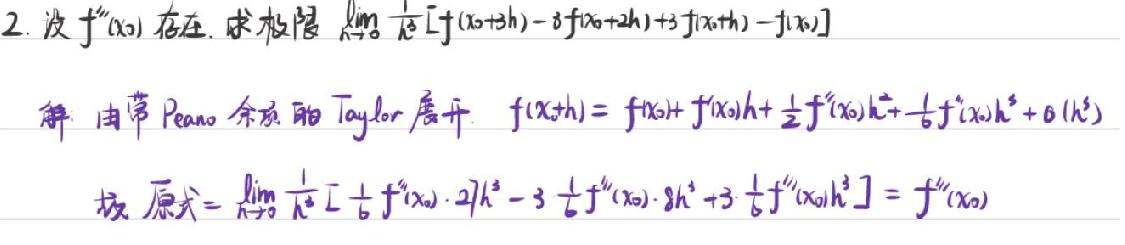
2. 设 $f''(x_0)$ 存在. 求极限 $\lim\limits_{h\to0}\frac{1}{h}\left[f(x_0 + 2h)-2f(x_0 + h)+f(x_0)\right]$

解：由带Peano余项的Taylor展开：
\[
\begin{align*}
f(x_0 + h)&= f(x_0)+f'(x_0)h+\frac{1}{2}f''(x_0)h^2+\frac{1}{6}f'''(x_0)h^3+\omicron(h^3)\\
f(x_0 + 2h)&= f(x_0)+2f'(x_0)h+\frac{1}{2}\cdot 4f''(x_0)h^2+\frac{1}{6}\cdot 8f'''(x_0)h^3+\omicron(h^3)
\end{align*}
\]

原式 = $\lim\limits_{h\to0}\frac{1}{h}\left[\left(f(x_0 + 2h)-2f(x_0 + h)+f(x_0)\right)\right]=\lim\limits_{h\to0}\frac{1}{h}\left[(2f''(x_0)-2f''(x_0))h^2+\frac{1}{3}f'''(x_0)h^3+\omicron(h^3)\right]=f''(x_0)$